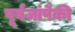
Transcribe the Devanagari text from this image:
पूर्वजांपैकी